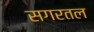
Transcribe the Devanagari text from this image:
सगरतल